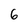
Character: 6